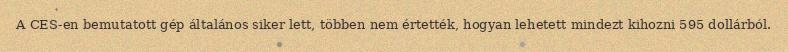
A CES-en bemutatott gép általános siker lett, többen nem értették, hogyan lehetett mindezt kihozni 595 dollárból.